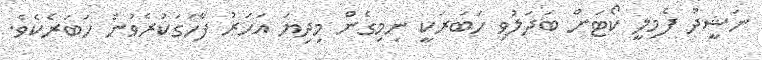
ނަޝީދު ފެމިލީ ކޯޓަށް ބަދަލުވި ހަބަރަކީ ނިމިގެން މިދިޔަ އަހަރު ފާހަގަކުރެވުނު ހަބަރެކެވެ.